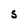
Character: S